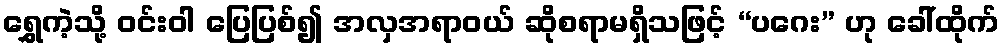
ရွှေကဲ့သို့ ဝင်းဝါ ပြေပြစ်၍ အလှအရာဝယ် ဆိုစရာမရှိသဖြင့် “ပဂေး” ဟု ခေါ်ထိုက်